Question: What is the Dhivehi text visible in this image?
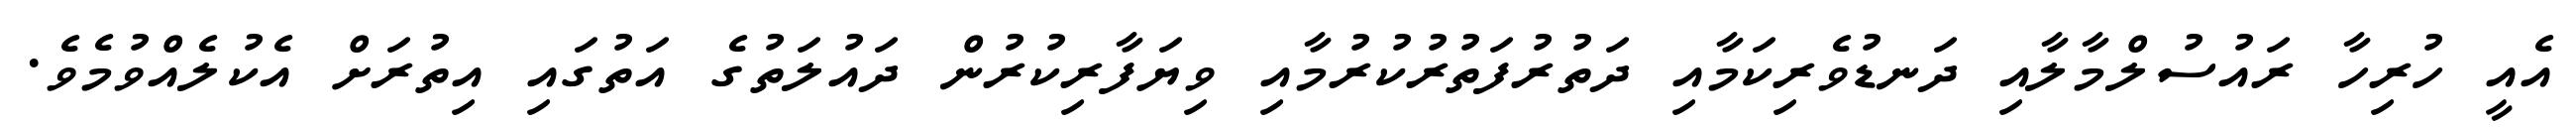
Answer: އެއީ ހުރިހާ ރައުސުލްމާލާއި ދަނޑުވެރިކަމާއި ދަތުރުފަތުރުކުރުމާއި ވިޔަފާރިކުރުން ދައުލަތުގެ އަތުގައި އިތުރަށް އެކުލެއްވުމެވެ.